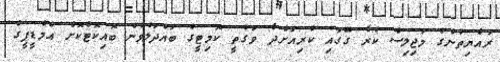
ރައްޔިތުންގެ މަޖިލިސް ކުރާ ގޭގައި ކުރިއަށްދާ ވަގުތީ ކޮމިޓީގެ ބައްދަލުވުން ބޮއިކޮޓްކޮށް އެމްޑީޕީގެ